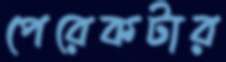
পেরেকটার